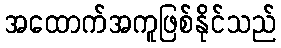
အထောက်အကူဖြစ်နိုင်သည်